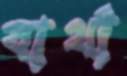
বার্থা